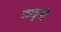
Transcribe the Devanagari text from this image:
जाड्रनी